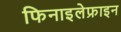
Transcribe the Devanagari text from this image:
फिनाइलेफ्राइन